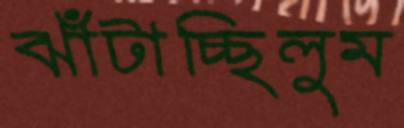
ঝাঁটাচ্ছিলুম